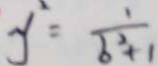
y ^ { 2 } = \frac { 1 } { b ^ { 2 } + 1 }